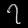
Digit: ၇